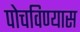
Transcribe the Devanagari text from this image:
पोचविण्यास